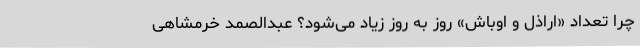
چرا تعداد «اراذل و اوباش» روز به روز زیاد می‌شود؟ عبدالصمد خرمشاهی